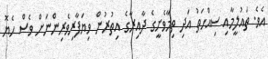
އެވެ. ތައުލީމާއި ސިއްހަތު އަދި ތިމާވެށީގެ ދާއިރާގެ އިތުރުން ވިޔަފާރިވެރިންނަށް ވެސް ހެޔޮ